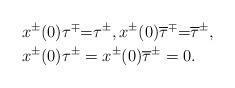
LaTeX: \begin{align*}&x^{\pm}(0)\tau^{\mp}{=}\tau^{\pm},x^{\pm}(0)\overline{\tau}^{\mp}{=}\overline{\tau}^{\pm},\\&x^{\pm}(0)\tau^{\pm}=x^{\pm}(0)\overline{\tau}^{\pm}=0.\end{align*}